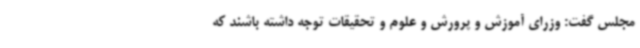
مجلس گفت: وزرای آموزش و پرورش و علوم و تحقیقات توجه داشته باشند که